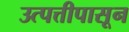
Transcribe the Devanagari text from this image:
उत्पत्तीपासून